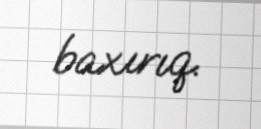
baxırıq.